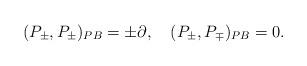
LaTeX: \begin{align*} (P_\pm , P_\pm )_{PB} = \pm\partial, \quad (P_\pm , P_\mp )_{PB} = 0.\end{align*}